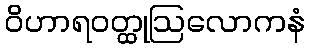
ဝိဟာရဝတ္ထုဩလောကနံ